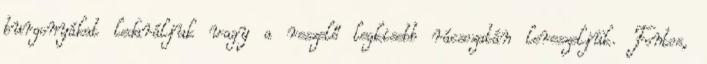
burgonyákat ledaráljuk vagy a reszelő legkisebb rácsozatán lereszeljük. Fontos,